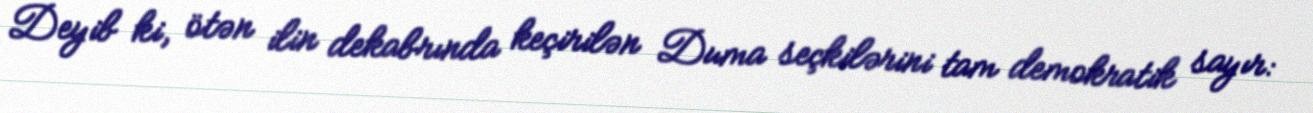
Deyib ki, ötən ilin dekabrında keçirilən Duma seçkilərini tam demokratik sayır: